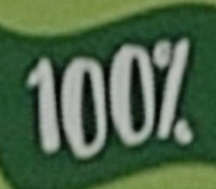
100%